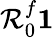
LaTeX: \mathcal{R}_{0}^{f}\le 1